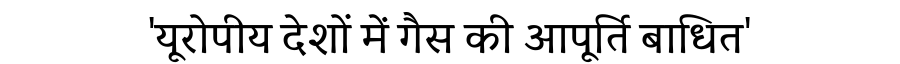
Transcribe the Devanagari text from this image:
'यूरोपीय देशों में गैस की आपूर्ति बाधित'